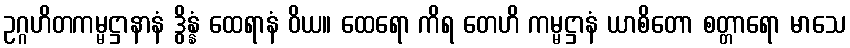
ဥဂ္ဂဟိတကမ္မဋ္ဌာနာနံ ဒွိန္နံ ထေရာနံ ဝိယ။ ထေရော ကိရ တေဟိ ကမ္မဋ္ဌာနံ ယာစိတော စတ္တာရော မာသေ